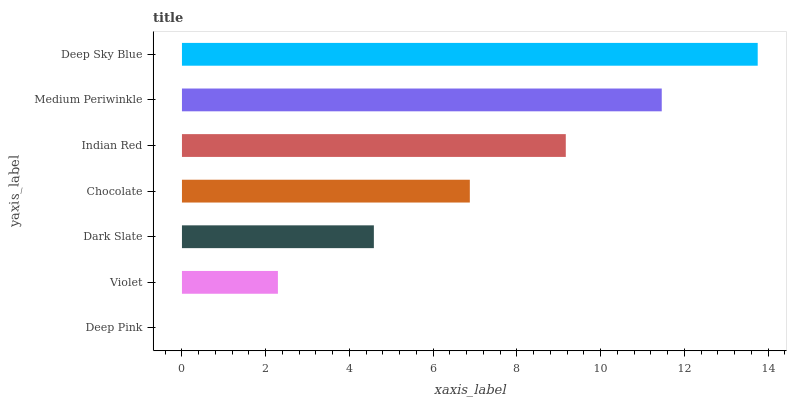
| yaxis_label | bars |
 | --- | --- |
 | Deep Pink | 0 |
 | Violet | 2.29 |
 | Dark Slate | 4.58 |
 | Chocolate | 6.87 |
 | Indian Red | 9.17 |
 | Medium Periwinkle | 11.5 |
 | Deep Sky Blue | 13.7 |